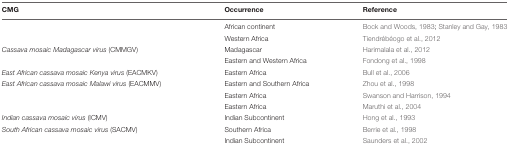
<table><thead><tr><td><b>CMG</b></td><td><b>Occurrence</b></td><td><b>Reference</b></td></tr></thead><tbody><tr><td>[EMPTY_CELL]</td><td>African continent</td><td>Bock and Woods, 1983; Stanley and Gay, 1983</td></tr><tr><td>[EMPTY_CELL]</td><td>Western Africa</td><td>Tiendrébéogo et al., 2012</td></tr><tr><td><i>Cassava mosaic Madagascar virus</i> (CMMGV)</td><td>Madagascar</td><td>Harimalala et al., 2012</td></tr><tr><td>[EMPTY_CELL]</td><td>Eastern and Western Africa</td><td>Fondong et al., 1998</td></tr><tr><td><i>East African cassava mosaic Kenya virus</i> (EACMKV)</td><td>Eastern Africa</td><td>Bull et al., 2006</td></tr><tr><td><i>East African cassava mosaic Malawi virus</i> (EACMMV)</td><td>Eastern and Southern Africa</td><td>Zhou et al., 1998</td></tr><tr><td>[EMPTY_CELL]</td><td>Eastern Africa</td><td>Swanson and Harrison, 1994</td></tr><tr><td>[EMPTY_CELL]</td><td>Eastern Africa</td><td>Maruthi et al., 2004</td></tr><tr><td><i>Indian cassava mosaic virus</i> (ICMV)</td><td>Indian Subcontinent</td><td>Hong et al., 1993</td></tr><tr><td><i>South African cassava mosaic virus</i> (SACMV)</td><td>Southern Africa</td><td>Berrie et al., 1998</td></tr><tr><td>[EMPTY_CELL]</td><td>Indian Subcontinent</td><td>Saunders et al., 2002</td></tr></tbody></table>